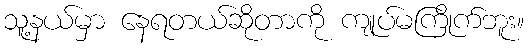
သူ့နယ်မှာ နေရတယ်ဆိုတာကို ကျုပ်မကြိုက်ဘူး။